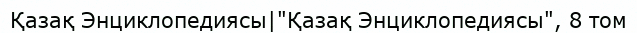
Қазақ Энциклопедиясы|"Қазақ Энциклопедиясы", 8 том